Indian journal of veterinary science and animal husbandry - Volume 8,
Year: 1938
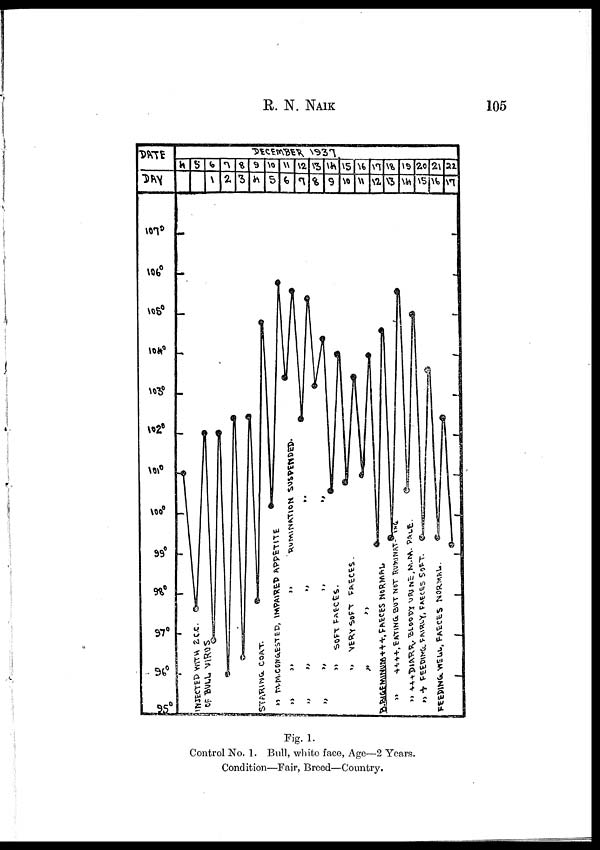
R. N.
NAIK
105
Fig. 1.
Control No. 1. Bull, white face, Age—2 Years.
Condition—Fair, Breed—Country.